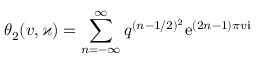
\theta _ { 2 } ( v , \varkappa ) = \sum _ { n = - \infty } ^ { \infty } q ^ { ( n - 1 / 2 ) ^ { 2 } } \mathrm { e } ^ { ( 2 n - 1 ) \pi v \mathrm { i } }